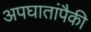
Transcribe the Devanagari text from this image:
अपघातांपैकी